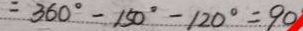
= 3 6 0 ^ { \circ } - 1 5 0 ^ { \circ } - 1 2 0 ^ { \circ } = 9 0